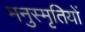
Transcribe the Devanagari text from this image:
मनुस्मृतियों